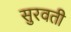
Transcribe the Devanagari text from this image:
सुरवती